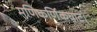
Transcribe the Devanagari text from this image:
मणिकर्णिकघाट।